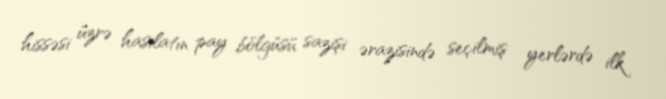
hissəsi üzrə hasilatın pay bölgüsü sazişi ərazisində seçilmiş yerlərdə ilk